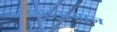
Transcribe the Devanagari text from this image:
थाइसमान